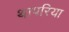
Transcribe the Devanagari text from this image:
थापरिया